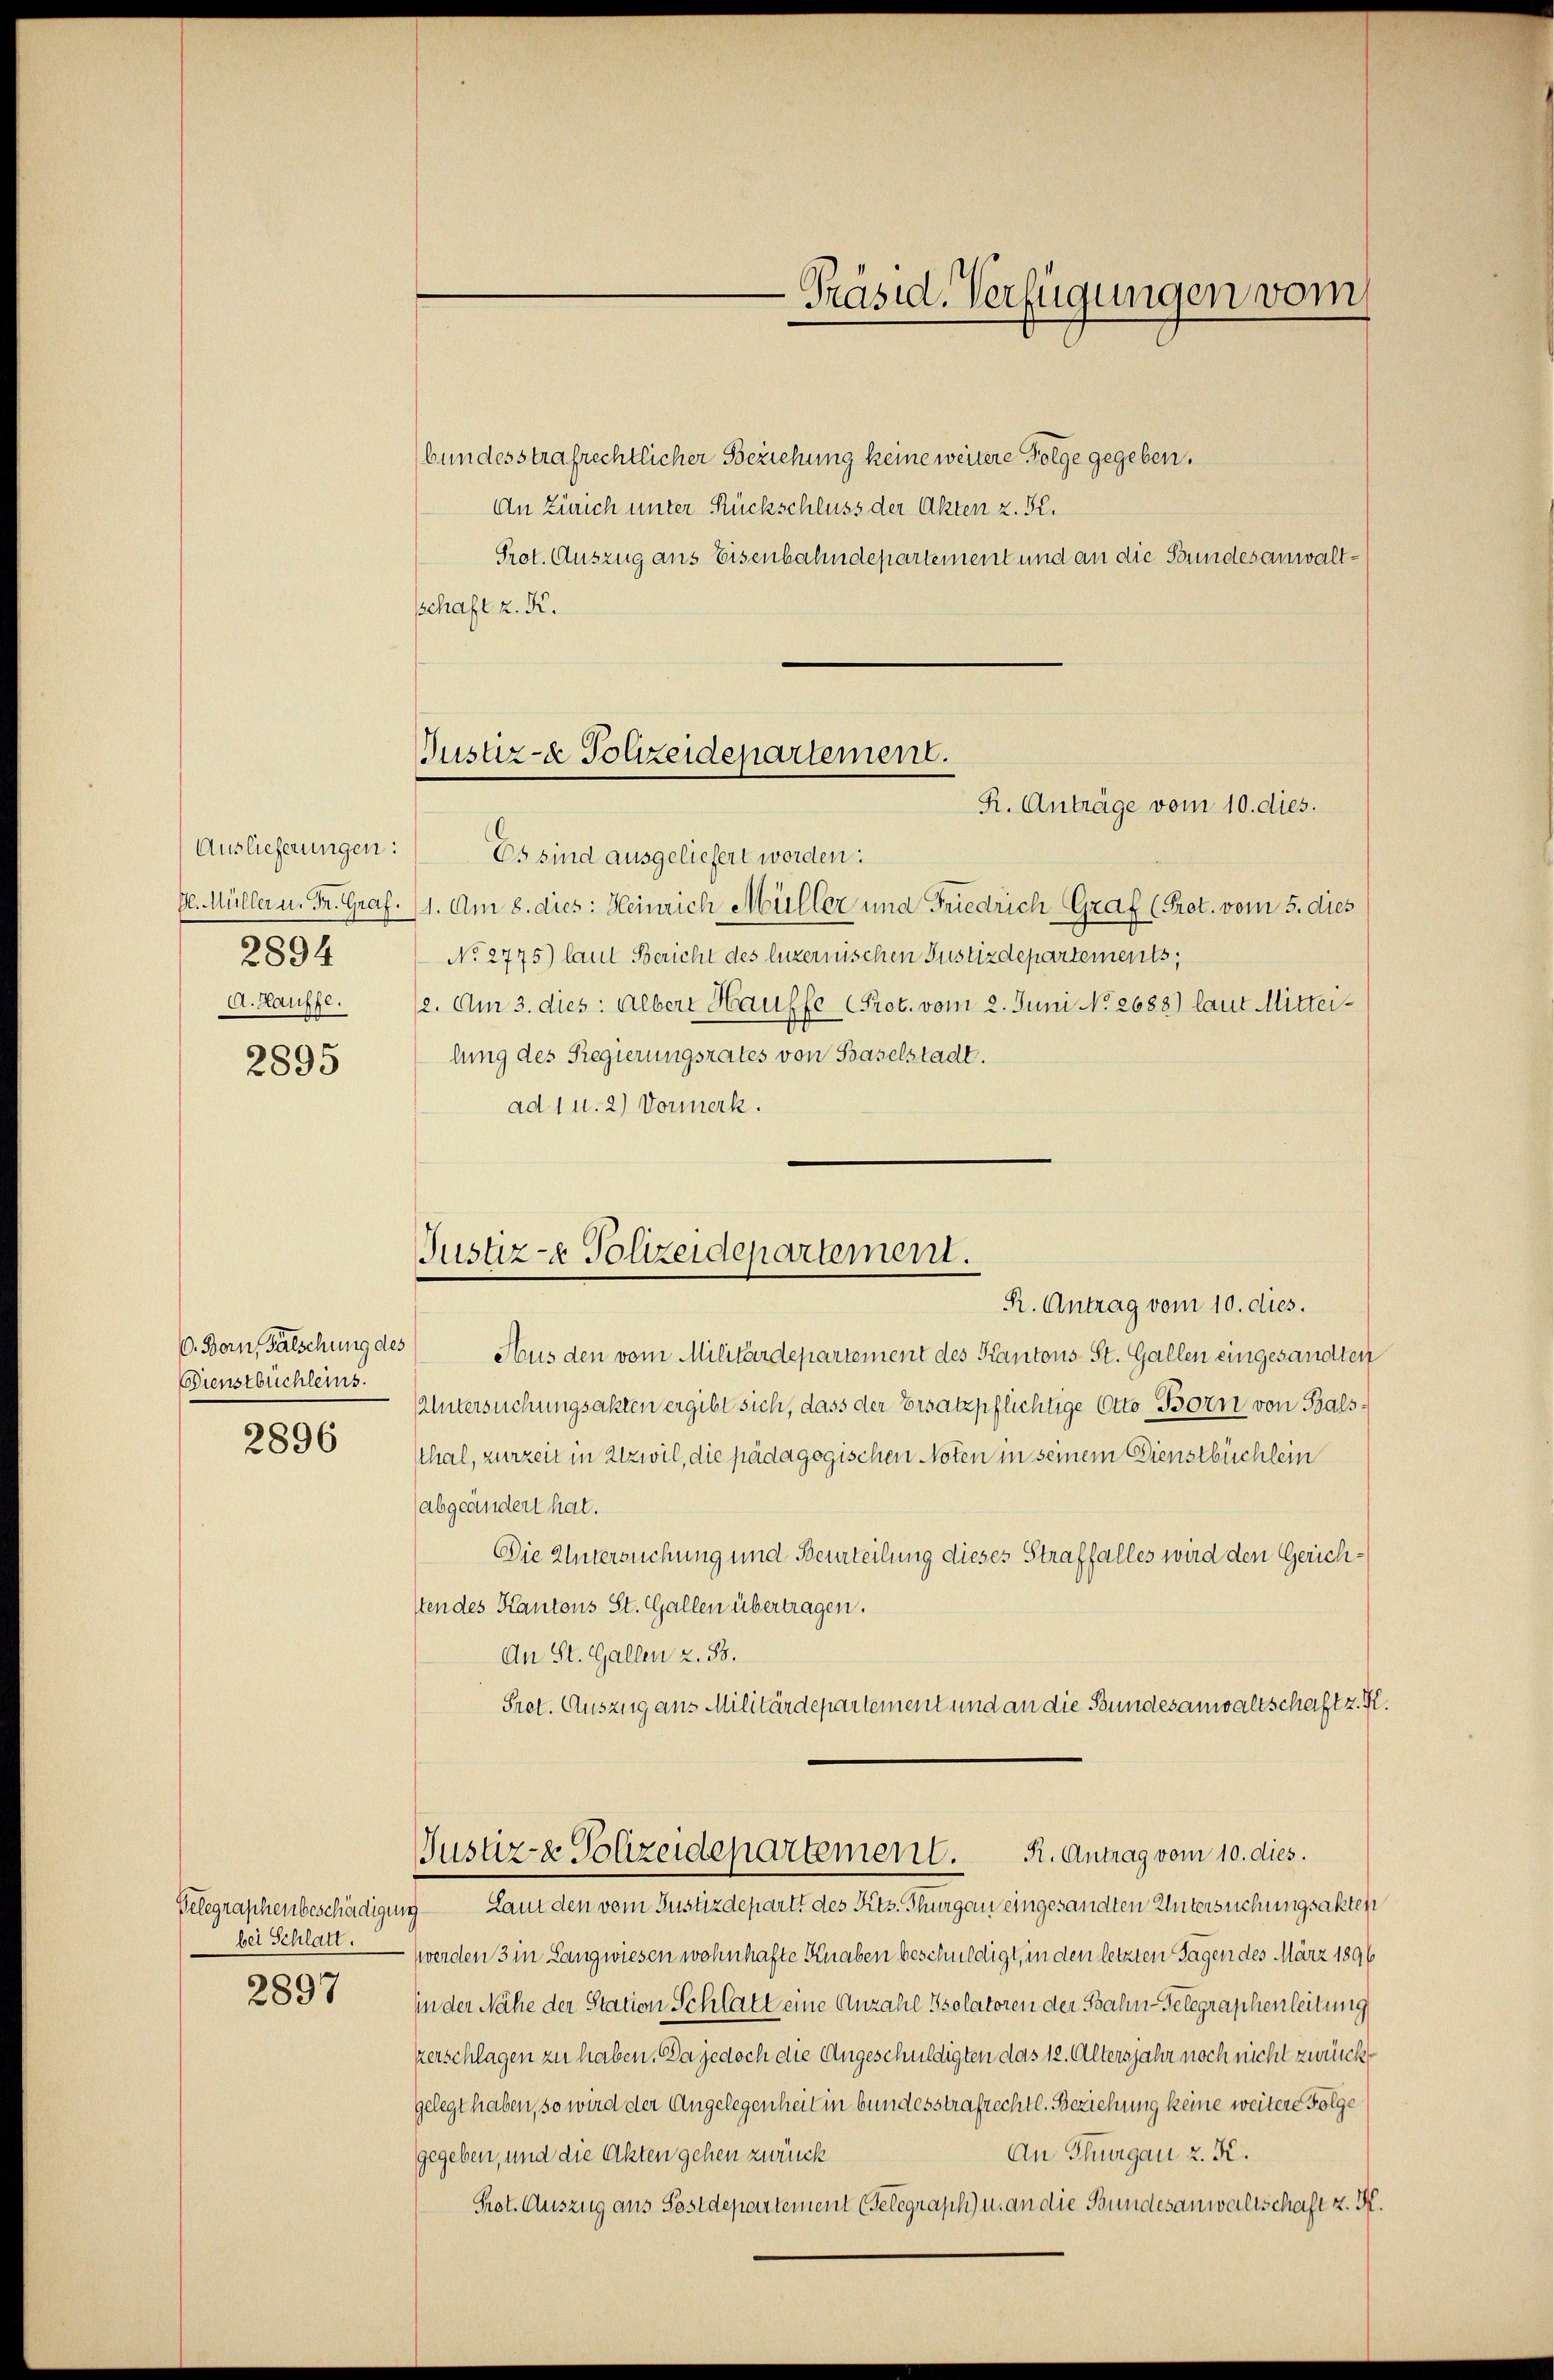
Auslieferungen:
2894
A. Lauffe.

2895

C. Born, Fälschung des
Dienstbüchleins.

2896

Belegraphenbeschädigung
bei Schlatt.

2897

Justiz- & Polizeidepartement.
R. Anträge vom 10. dies.

bundesstrafrechtlicher Beziehung keine weitere Folge gegeben.
An Zürich unter Rückschluss der Akten z. B.
Prot. Auszug aus Eisenbahndepartement und an die Stundesanwaltschaft z. K.
Es sind ausgeliefert worden:
G. Müller u. Fr. Graf. (1. Am 8. dies: Heinrich Müller und Friedrich Graf (Prot. vom 5. dies
No 2775) laut Bericht des luzernischen Justizdepartements,
2. Am 3. dies: Albert Hauffe Prot. vom 2. Juni No 2688) laut Mitteilung des Regierungsrates von Baselstadt.
ad 1 u. 2) Vormerk.

Justiz- & Polizeidepartement.
R. Antrag vom 10. dies.

-Präsid. Verfügungen vom

Aus den vom Militärdepartement des Kantons St. Gallen eingesandten
Untersuchungsakten ergibt sich, dass der Ersatzpflichtige Otto Born von Balssthal, zurzeit in Atzwil, die pädagogischen Noten in seinem Dienstbüchlein
abgeändert hat.
Die Untersuchung und Beurteilung dieses Straffalles wird den Gerichsten des Kantons St. Gallen übertragen.
An St. Gallen 2. 58.
Pret. Auszug aus Militärdepartement und an die Bundesanwaltschaft z. K.
Justiz- & Polizeidepartement. R. Antrag vom 10. dies.
Laut den vom Justizdepartt des Kts. Thurgau eingesandten Untersuchungsakten
werden 3 in Langwiesen wohnhafte Knaben beschuldigt, in den letzten Tagen des März 1896
in der Nähe der Station Schlatt eine Anzahl Psolatoren der Bahn-Telegraphenleitung
verschlagen zu haben. Da jedoch die Angeschuldigten das 12. Altersjahr noch nicht zweckgelegt haben, so wird der Angelegenheit in bundesstrafrechtl. Beziehung keine weitere Folge
An Thurgau 2. K.
gegeben, und die Akten gehen zurück
Prot. Auszug aus Sostdepartement Gelegraph) u. an die Bundesanwaltschaft z. R.